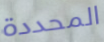
المحددة